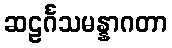
ဆဠင်္ဂသမန္နာဂတာ